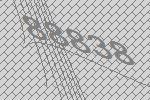
88838